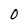
Character: 0